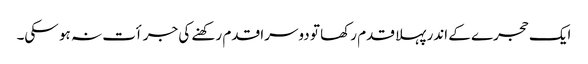
ایک حجرے کے اندر پہلا قدم رکھا تو دوسرا قدم رکھنے کی جرأت نہ ہو سکی۔